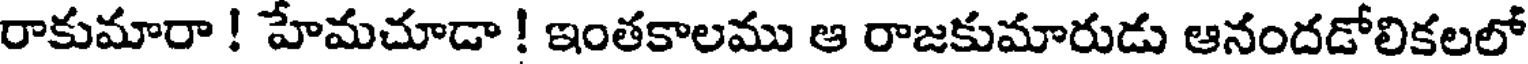
రాకుమారా ! హేమచూడా ! ఇంతకాలము ఆ రాజకుమారుడు ఆనందడోలికలలో